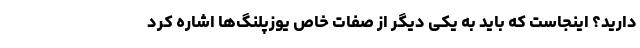
دارید؟ اینجاست که باید به یکی دیگر از صفات خاص یوزپلنگ‌ها اشاره کرد